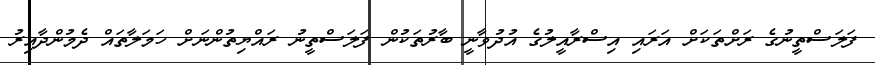
ފަލަސްތީނުގެ ރަށްތަކަށް އަރައި އިސްރާއީލުގެ އުދުވާނީ ބާރުތަކުން ފަލަސްތީނު ރައްޔިތުންނަށް ހަމަލާތައް ދެމުންދާއިރު